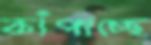
কাঁপাচ্ছে